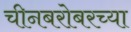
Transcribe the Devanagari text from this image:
चीनबरोबरच्या